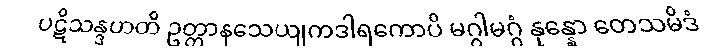
ပဋိသန္ဒဟတိ ဥတ္တာနသေယျကဒါရကောပိ မဂ္ဂါမဂ္ဂံ နုန္နော တေသမိဒံ